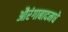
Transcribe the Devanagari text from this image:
औरंगाबादमधे